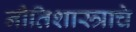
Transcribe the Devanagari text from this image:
नीतिशास्त्राचे